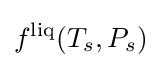
f^{\text{liq}}(T_{s},P_{s})